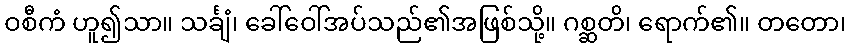
ဝစီကံ ဟူ၍သာ။ သင်္ချံ၊ ခေါ်ဝေါ်အပ်သည်၏အဖြစ်သို့။ ဂစ္ဆတိ၊ ရောက်၏။ တတော၊